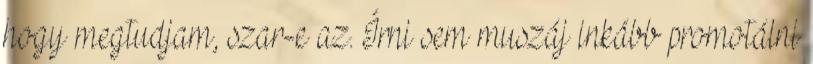
hogy megtudjam, szar-e az. Írni sem muszáj inkább promotálni